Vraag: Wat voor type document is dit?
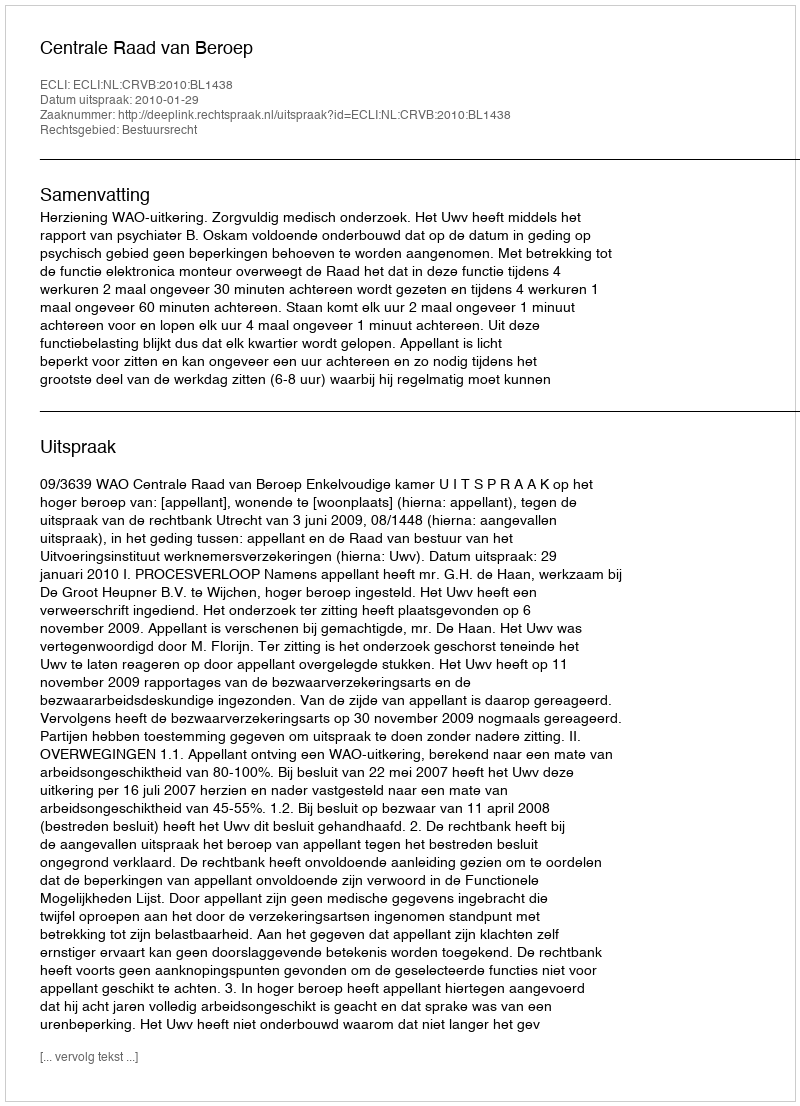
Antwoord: Uitspraak